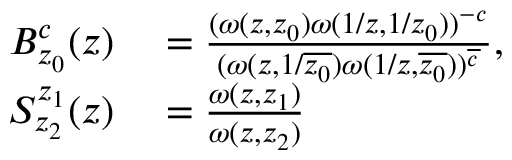
\begin{array} { r l } { B _ { z _ { 0 } } ^ { c } ( z ) } & { { } = \frac { ( \omega ( z , z _ { 0 } ) \omega ( 1 / z , 1 / z _ { 0 } ) ) ^ { - c } } { ( \omega ( z , 1 / \overline { { z _ { 0 } } } ) \omega ( 1 / z , \overline { { z _ { 0 } } } ) ) ^ { \overline { { c } } } } , } \\ { S _ { z _ { 2 } } ^ { z _ { 1 } } ( z ) } & { { } = \frac { \omega ( z , z _ { 1 } ) } { \omega ( z , z _ { 2 } ) } } \end{array}